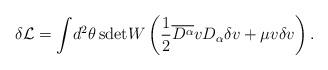
LaTeX: \begin{align*}\delta\mathcal{L} = \int\!d^{2}\theta\,\mathrm{sdet}W \left(\frac{1}{2}\overline{D^{\alpha}}vD_{\alpha}\delta v + \mu v\delta v\right). \end{align*}